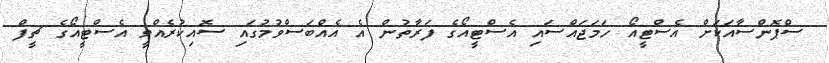
ސްޕޮންސާއަކަށް އެސްޓީއޯ ހަމަޖައްސައި އެސްޓީއޯގެ ފަރާތުން އެ އެއްބަސްވުމުގައި ސޮއިކުރެއްވީ އެސްޓީއޯގެ ޗީފް